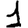
Digit: 1